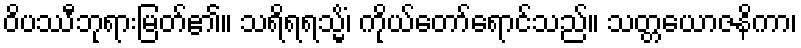
ဝိပဿီဘုရားမြတ်၏။ သရိရရသ္မိံ၊ ကိုယ်တော်ရောင်သည်။ သတ္တယောဇနိကာ၊